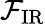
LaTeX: \mathcal{F}_{\mathrm{{{IR}}}}